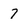
Character: 7